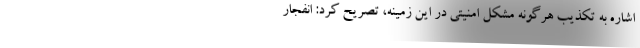
اشاره به تکذیب هرگونه مشکل امنیتی در این زمینه، تصریح کرد: انفجار